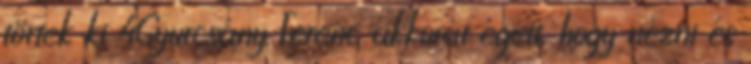
törtek ki 4Gyurcsány Ferenc akkorát égett, hogy nézni és